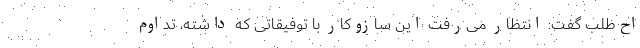
اح‌طلب گفت: انتظار می‌رفت این سازوکار با توفیقاتی که داشته، تداوم